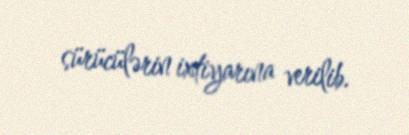
sürücülərin ixtiyarına verilib.